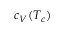
c _ { V } ( T _ { c } )